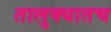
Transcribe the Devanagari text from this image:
तालुक्यातच